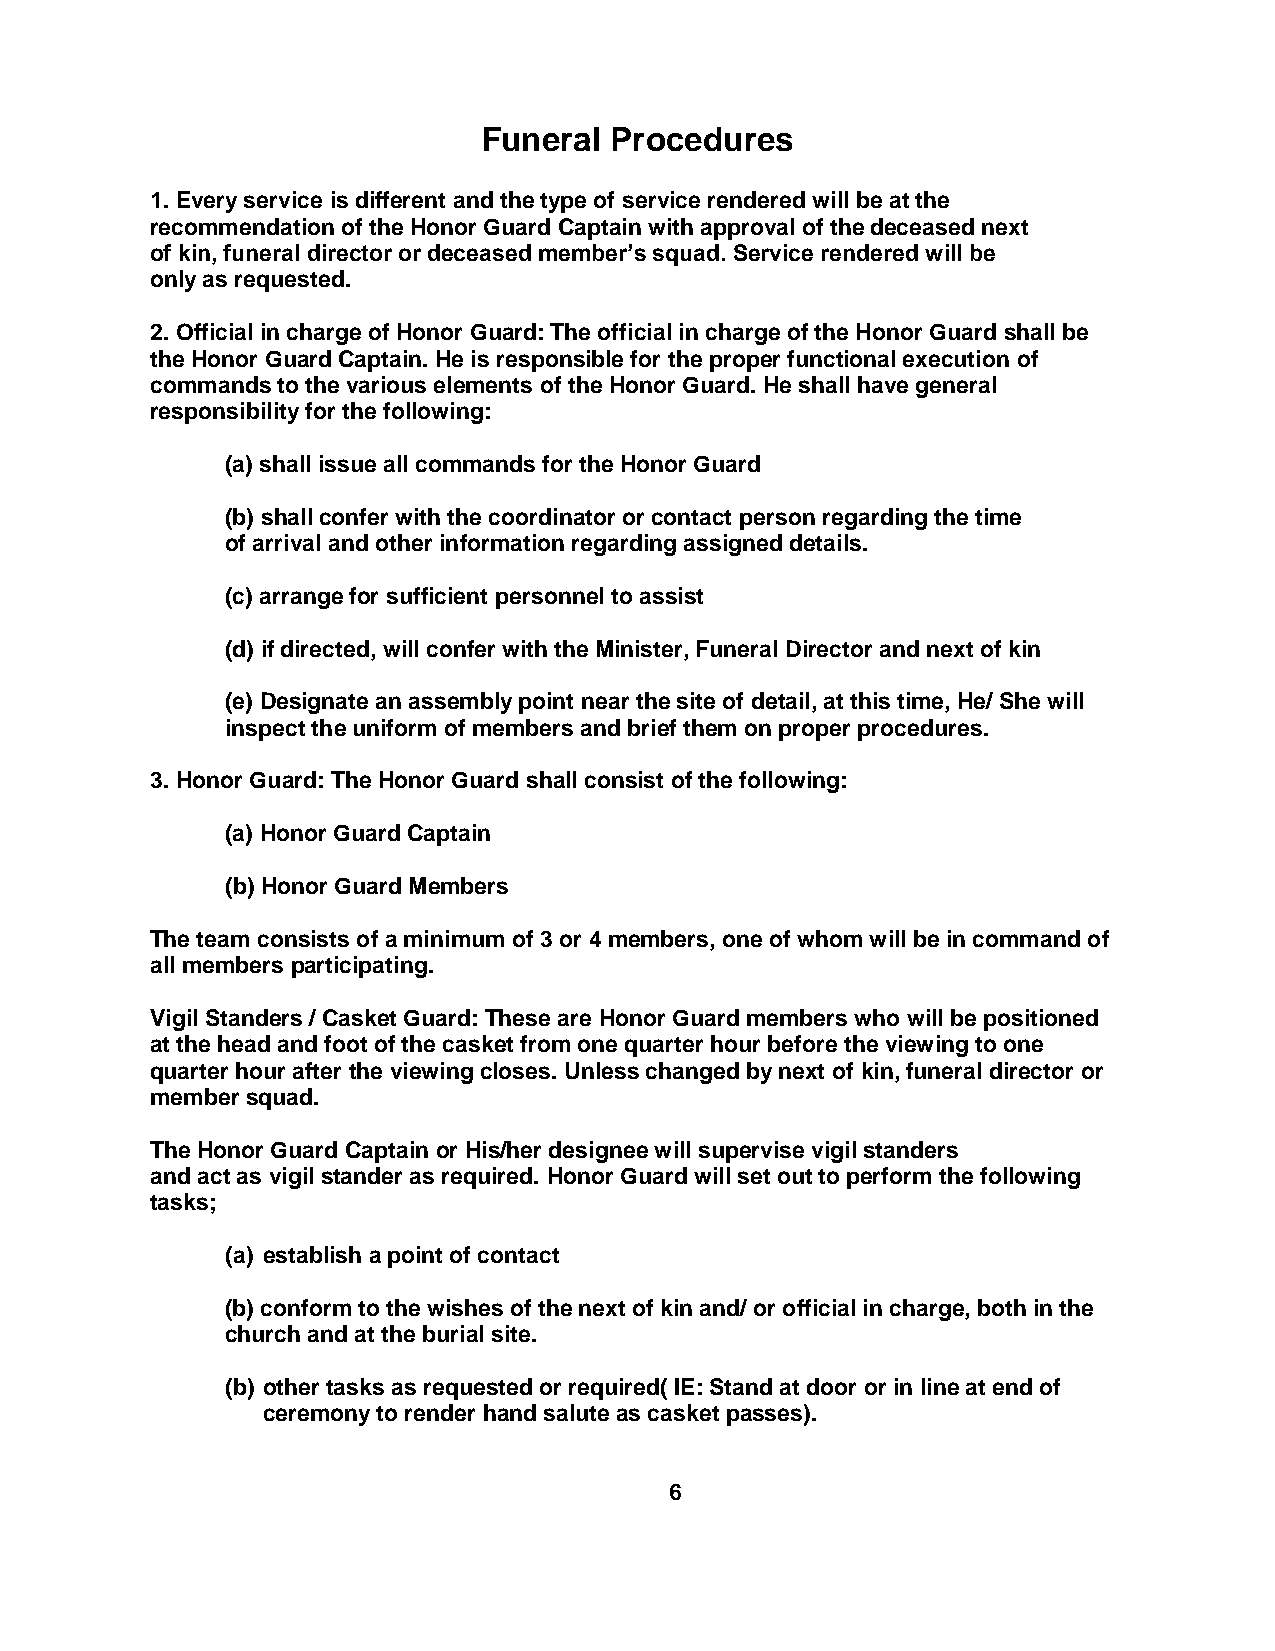
Funeral Procedures
 1. Every service is different and the type of service rendered will be at the
 recommendation of the Honor Guard Captain with approval of the deceased next
 of kin, funeral director or deceased member’s squad. Service rendered will be
 only as requested.
 2. Official in charge of Honor Guard: The official in charge of the Honor Guard shall be
 the Honor Guard Captain. He is responsible for the proper functional execution of
 commands to the various elements of the Honor Guard. He shall have general
 responsibility for the following:
 (a) shall issue all commands for the Honor Guard
 (b) shall confer with the coordinator or contact person regarding the time
 of arrival and other information regarding assigned details.
 (c) arrange for sufficient personnel to assist
 (d) if directed, will confer with the Minister, Funeral Director and next of kin
 (e) Designate an assembly point near the site of detail, at this time, He/ She will
 inspect the uniform of members and brief them on proper procedures.
 3. Honor Guard: The Honor Guard shall consist of the following:
 (a) Honor Guard Captain
 (b) Honor Guard Members
 The team consists of a minimum of 3 or 4 members, one of whom will be in command of
 all members participating.
 Vigil Standers / Casket Guard: These are Honor Guard members who will be positioned
 at the head and foot of the casket from one quarter hour before the viewing to one
 quarter hour after the viewing closes. Unless changed by next of kin, funeral director or
 member squad.
 The Honor Guard Captain or His/her designee will supervise vigil standers
 and act as vigil stander as required. Honor Guard will set out to perform the following
 tasks;
 (a) establish a point of contact
 (b) conform to the wishes of the next of kin and/ or official in charge, both in the
 church and at the burial site.
 (b) other tasks as requested or required( IE: Stand at door or in line at end of
 ceremony to render hand salute as casket passes).
 6